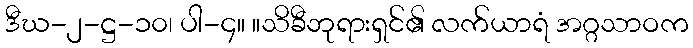
ဒီဃ-၂-ဋ္ဌ-၁၀၊ ပါ-၄။ ။သိခီဘုရားရှင်၏ လက်ယာရံ အဂ္ဂသာဝက